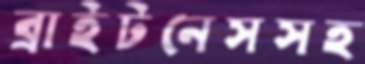
ব্রাইটনেসসহ